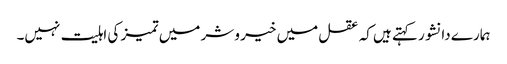
ہمارے دانشور کہتے ہیں کہ عقل میں خیر و شر میں تمیز کی اہلیت نہیں۔